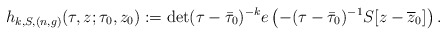
\begin{align*} h_{k,S,(n,g)}(\tau,z;\tau_0,z_0):=\det(\tau-\bar{\tau}_0)^{-k}e\left(-(\tau-\bar{\tau}_0)^{-1}S[z-\overline{z}_0]\right).\end{align*}